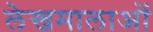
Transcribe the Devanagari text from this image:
लेखमालाओं